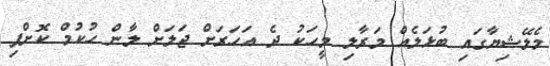
މެލޭޝިޔާގައި ބުޅަލެއް މަރާލި މީހަކު ދެ އަހަރަށް ޖަލަށް ލާން ހުކުމް ކޮށްފި